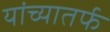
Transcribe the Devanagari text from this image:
यांच्यातर्फ